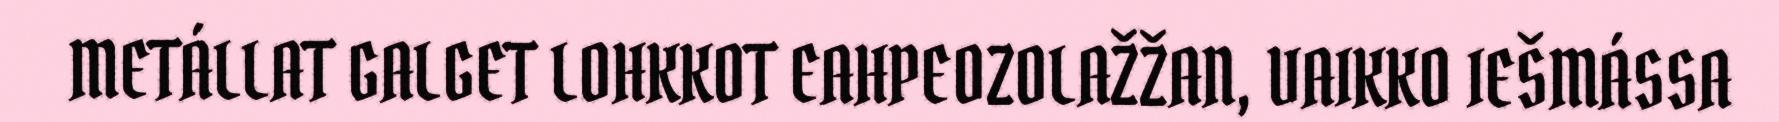
METÁLLAT GALGET LOHKKOT EAHPEOZOLAŽŽAN, VAIKKO IEŠMÁSSA